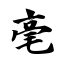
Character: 毫